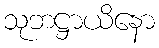
သုဘဋ္ဌာယိနော